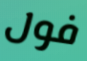
فول